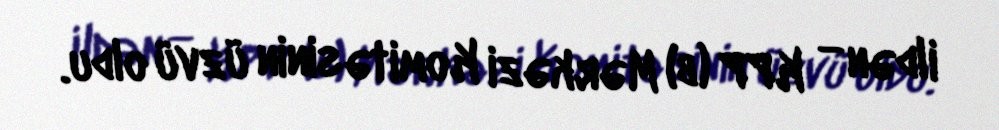
ildən — KPP (b) Mərkəzi Komitəsinin üzvü oldu.